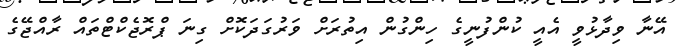
އޭނާ ވިދާޅުވީ އެއީ ކުންފުނީގެ ހިންގުން އިތުރަށް ވަރުގަދަކޮށް ގިނަ ޕްރޮޖެކްޓްތައް ރާއްޖޭގެ